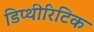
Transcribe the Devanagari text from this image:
डिप्थीरिटिक